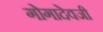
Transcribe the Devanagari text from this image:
गोगादेवजी